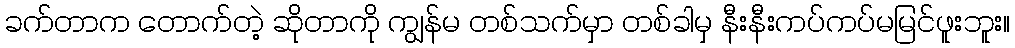
ခက်တာက တောက်တဲ့ ဆိုတာကို ကျွန်မ တစ်သက်မှာ တစ်ခါမှ နီးနီးကပ်ကပ်မမြင်ဖူးဘူး။